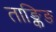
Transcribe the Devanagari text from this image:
ताङ्किङ